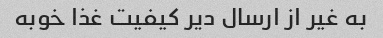
به غیر از ارسال دیر کیفیت غذا خوبه